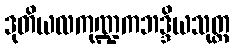
ဒုတိယလကုဏ္ဍကဘဒ္ဒိယသုတ္တ